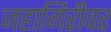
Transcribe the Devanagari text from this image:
जहागिरीवर